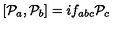
[ { \cal P } _ { a } , { \cal P } _ { b } ] = i f _ { a b c } { \cal P } _ { c }